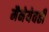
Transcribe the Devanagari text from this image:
मैनेयेवढी